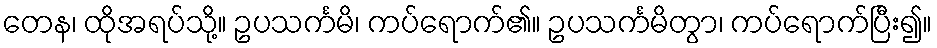
တေန၊ ထိုအရပ်သို့။ ဥပသင်္ကမိ၊ ကပ်ရောက်၏။ ဥပသင်္ကမိတွာ၊ ကပ်ရောက်ပြီး၍။